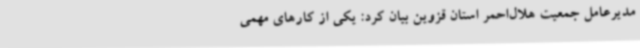
مدیرعامل جمعیت هلال‌احمر استان قزوین بیان کرد: یکی از کارهای مهمی